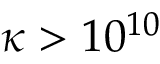
\kappa > 1 0 ^ { 1 0 }